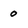
Character: 0